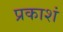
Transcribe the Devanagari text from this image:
प्रकाशं